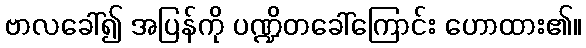
ဗာလခေါ်၍ အပြန်ကို ပဏ္ဍိတခေါ်ကြောင်း ဟောထား၏။